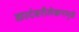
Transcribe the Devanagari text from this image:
कादंबरीलेखनामुळे